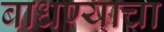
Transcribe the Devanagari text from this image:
बाधण्याचा